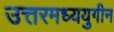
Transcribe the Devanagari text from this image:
उत्तरमध्ययुगीन